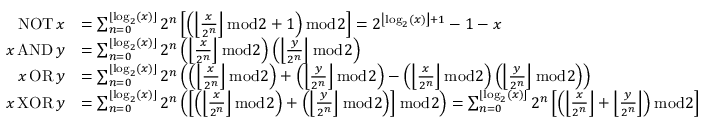
{ \begin{array} { r l } { \operatorname { N O T } x } & { = \sum _ { n = 0 } ^ { \lfloor \log _ { 2 } ( x ) \rfloor } 2 ^ { n } \left[ \left( \left\lfloor { \frac { x } { 2 ^ { n } } } \right\rfloor { \bmod { 2 } } + 1 \right) { \bmod { 2 } } \right] = 2 ^ { \left\lfloor \log _ { 2 } ( x ) \right\rfloor + 1 } - 1 - x } \\ { x \operatorname { A N D } y } & { = \sum _ { n = 0 } ^ { \lfloor \log _ { 2 } ( x ) \rfloor } 2 ^ { n } \left( \left\lfloor { \frac { x } { 2 ^ { n } } } \right\rfloor { \bmod { 2 } } \right) \left( \left\lfloor { \frac { y } { 2 ^ { n } } } \right\rfloor { \bmod { 2 } } \right) } \\ { x \operatorname { O R } y } & { = \sum _ { n = 0 } ^ { \lfloor \log _ { 2 } ( x ) \rfloor } 2 ^ { n } \left( \left( \left\lfloor { \frac { x } { 2 ^ { n } } } \right\rfloor { \bmod { 2 } } \right) + \left( \left\lfloor { \frac { y } { 2 ^ { n } } } \right\rfloor { \bmod { 2 } } \right) - \left( \left\lfloor { \frac { x } { 2 ^ { n } } } \right\rfloor { \bmod { 2 } } \right) \left( \left\lfloor { \frac { y } { 2 ^ { n } } } \right\rfloor { \bmod { 2 } } \right) \right) } \\ { x \operatorname { X O R } y } & { = \sum _ { n = 0 } ^ { \lfloor \log _ { 2 } ( x ) \rfloor } 2 ^ { n } \left( \left[ \left( \left\lfloor { \frac { x } { 2 ^ { n } } } \right\rfloor { \bmod { 2 } } \right) + \left( \left\lfloor { \frac { y } { 2 ^ { n } } } \right\rfloor { \bmod { 2 } } \right) \right] { \bmod { 2 } } \right) = \sum _ { n = 0 } ^ { \lfloor \log _ { 2 } ( x ) \rfloor } 2 ^ { n } \left[ \left( \left\lfloor { \frac { x } { 2 ^ { n } } } \right\rfloor + \left\lfloor { \frac { y } { 2 ^ { n } } } \right\rfloor \right) { \bmod { 2 } } \right] } \end{array} }